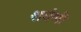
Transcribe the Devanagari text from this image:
शर्वणी